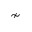
\nsim